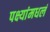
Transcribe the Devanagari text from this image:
पक्ष्यांमधलं